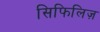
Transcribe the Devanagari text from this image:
सिफिलिज़